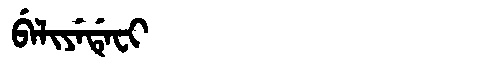
Manchu: ᠪᡝᠯᡳᠶᡝᡩᡝᠸᡳ
Romanization: BELIYEDEFI